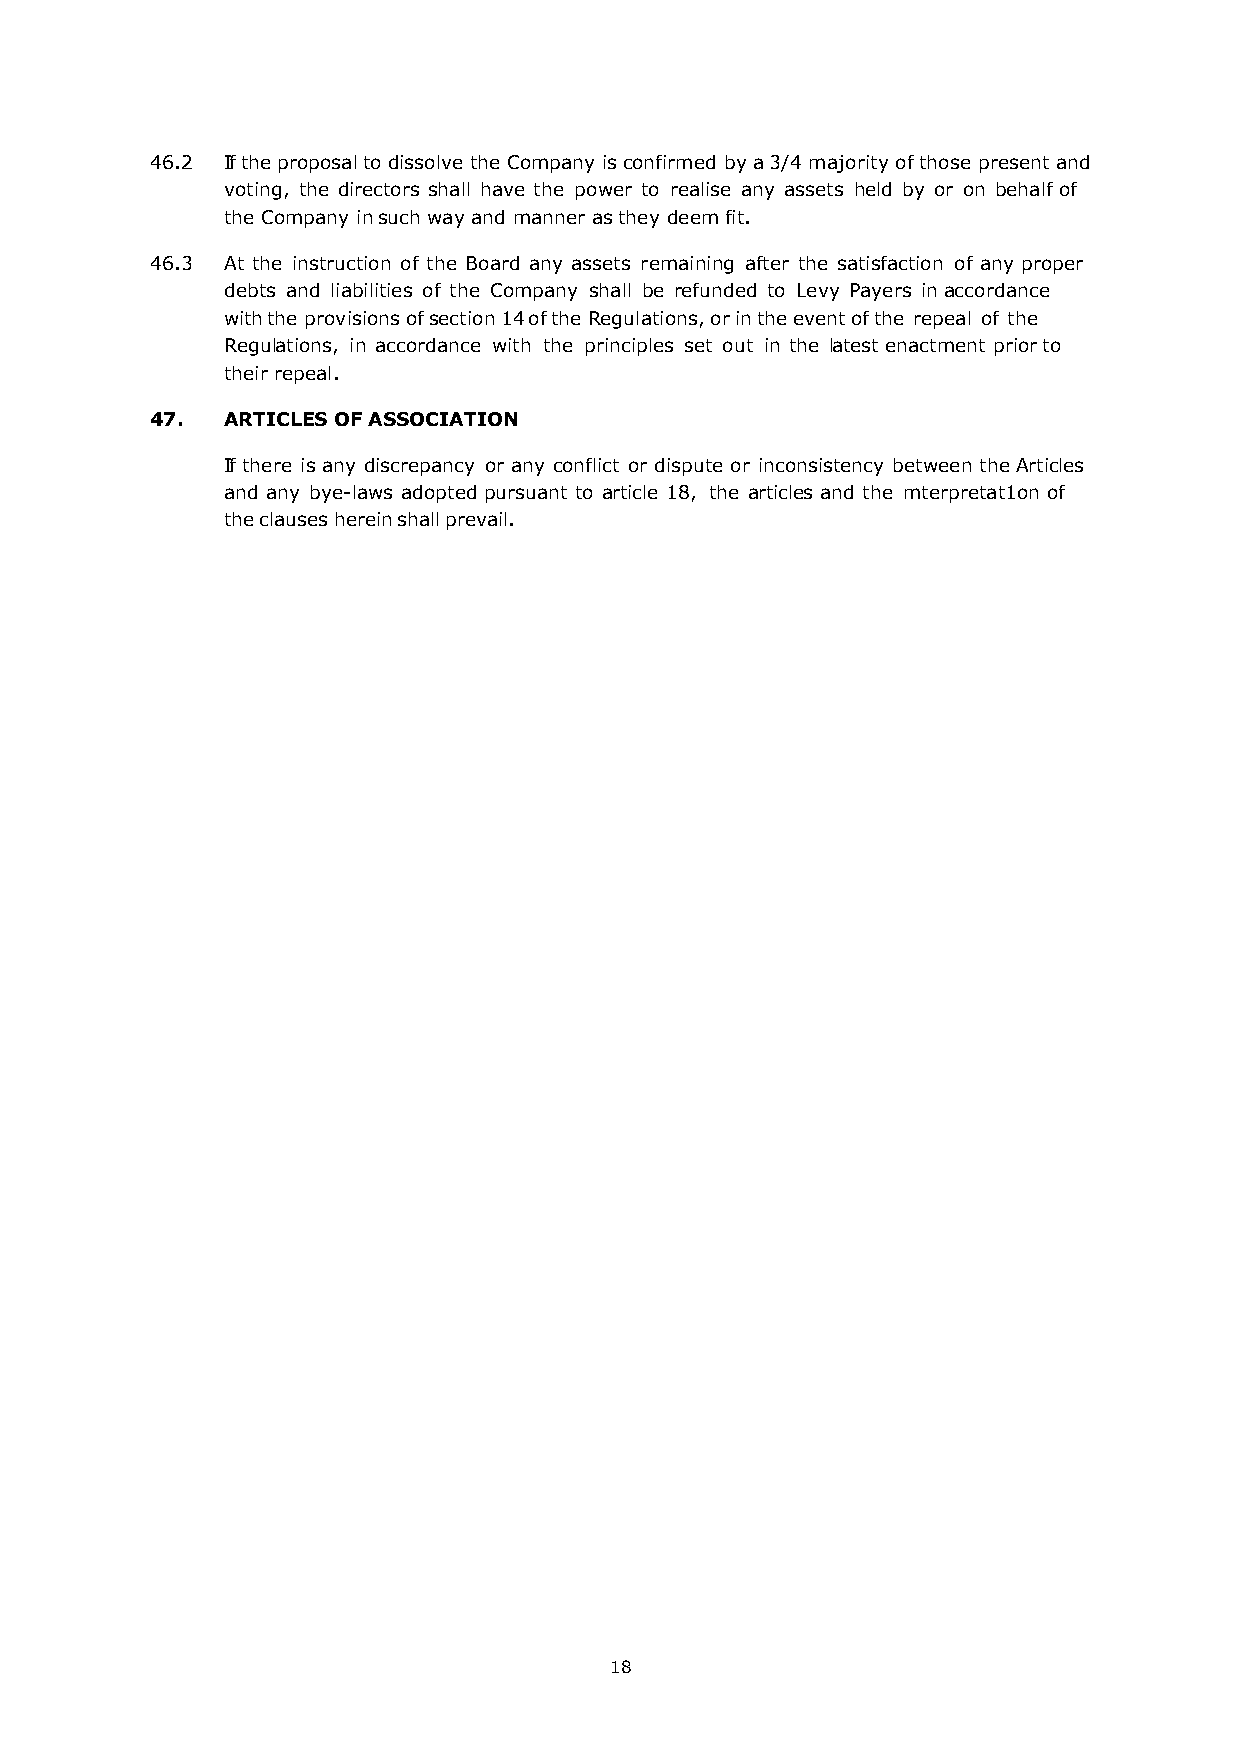
46.2 If the proposal to dissolve the Company is confirmed by a 3/4 majority of those present and
 voting, the directors shall have the power to realise any assets held by or on behalf of
 the Company in such way and manner as they deem fit.
 46.3 At the instruction of the Board any assets remaining after the satisfaction of any proper
 debts and liabilities of the Company shall be refunded to Levy Payers in accordance
 with the provisions of section 14 of the Regulations, or in the event of the repeal of the
 Regulations, in accordance with the principles set out in the latest enactment prior to
 their repeal.
 47.  ARTICLES OF ASSOCIATION
 If there is any discrepancy or any conflict or dispute or inconsistency between the Articles
 and any bye-laws adopted pursuant to article 18, the articles and the mterpretat1on of
 the clauses herein shall prevail.
 18